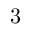
3